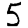
Digit: 5